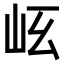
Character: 𡵮